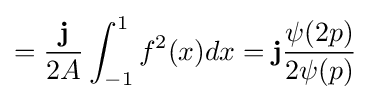
={\frac {\mathbf {j} }{2A}}\int _{-1}^{1}f^{2}(x)dx=\mathbf {j} {\frac {\psi (2p)}{2\psi (p)}}